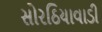
સોરઠિયાવાડી